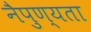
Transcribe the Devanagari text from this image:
नैपुण्यता